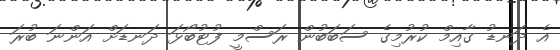
އެ ދަނޑު ގާއިމް ކުރުމިގެ ސަބަބުން ރަސްމީ ފުޓުބޯޅަ ދަނޑަށް އަންނަ ބުރަ